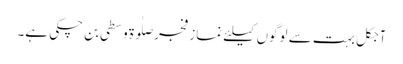
آجکل بہت سے لوگوں کیلئے نماز فجر صلٰوۃ وسطی بن چکی ہے۔